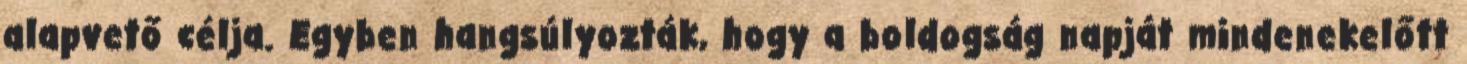
alapvető célja. Egyben hangsúlyozták, hogy a boldogság napját mindenekelőtt